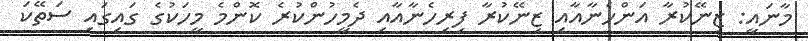
މާނައީ: ޒިނޭކުރާ އަންހެނާއާއި ޒިނޭކުރާ ފިރިހެނާއާއި ދެމީހުންކުރެ ކޮންމެ މީހަކުގެ ގައިގައި ސަތޭކަ